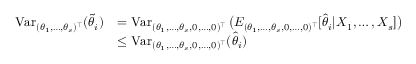
\begin{array} { r l } { \operatorname { V a r } _ { ( \theta _ { 1 } , \dots , \theta _ { s } ) ^ { \top } } ( \widetilde \theta _ { i } ) } & { = \operatorname { V a r } _ { ( \theta _ { 1 } , \dots , \theta _ { s } , 0 , \dots , 0 ) ^ { \top } } \big ( E _ { ( \theta _ { 1 } , \dots , \theta _ { s } , 0 , \dots , 0 ) ^ { \top } } [ \widehat \theta _ { i } | X _ { 1 } , \dots , X _ { s } ] \big ) } \\ & { \leq \operatorname { V a r } _ { ( \theta _ { 1 } , \dots , \theta _ { s } , 0 , \dots , 0 ) ^ { \top } } ( \widehat \theta _ { i } ) } \end{array}